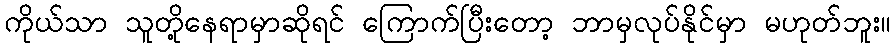
ကိုယ်သာ သူတို့နေရာမှာဆိုရင် ကြောက်ပြီးတော့ ဘာမှလုပ်နိုင်မှာ မဟုတ်ဘူး။